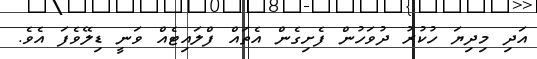
އަދި މިދިޔަ ހުކުރު ދުވަހުން ފެށިގެން އެތައް ފްލައިޓެއް ވަނީ ޑިލޭވެފަ އެވެ.